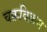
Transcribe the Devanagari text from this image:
चक्रविक्रम